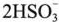
2 H S O _ { 3 } ^ { - }$$